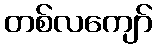
တစ်လကျော်